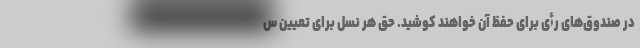
در صندوق‌های رأی برای حفظ آن خواهند کوشید. حق هر نسل برای تعیین س